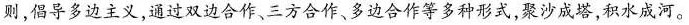
则，倡导多边主义，通过双边合作、三方合作、多边合作等多种形式，聚沙成塔，积水成河。